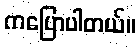
ကပြောပါတယ်။